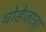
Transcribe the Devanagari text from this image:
घोडेजात्रा